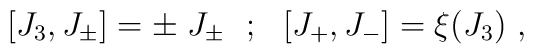
\lbrack J_3, J_{\pm} \rbrack = \pm \;J_{\pm}~~ ;~~   \lbrack J_{+},J_{-} \rbrack = \xi(J_3)~,